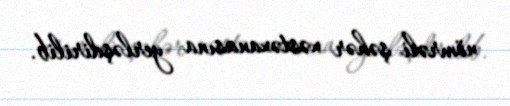
nömrəli şəhər xəstəxanasına yerləşdirilib.